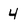
Character: 4